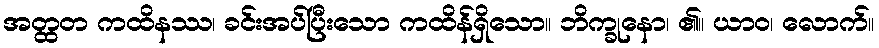
အတ္ထတ ကထိနဿ၊ ခင်းအပ်ပြီးသော ကထိန်ရှိသော။ ဘိက္ခုနော၊ ၏။ ယာဝ၊ လောက်။